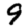
Digit: 9